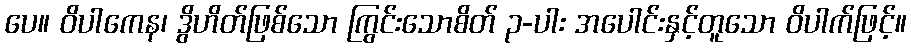
ပေ။ ဝိပါကေန၊ ဒွိဟိတ်ဖြစ်သော ကြွင်းသောစိတ် ၃-ပါး အပေါင်းနှင့်တူသော ဝိပါက်ဖြင့်။